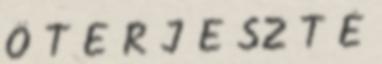
Ő T E R J E SZ T É